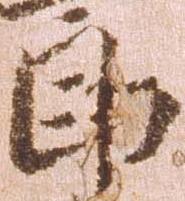
郎